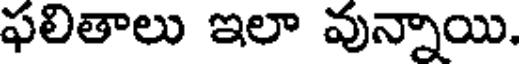
ఫలితాలు ఇలా వున్నాయి.